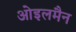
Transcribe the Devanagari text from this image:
ओइलमैन